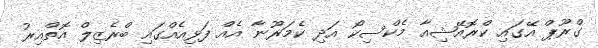
ގްރޫޕް އޭގައި ކްރޮއޭޝިއާ މެކްސިކޯ އަދި ކެމަރޫނާ އެއް ފަޅިއެއްގައި ބްރެޒިލް އޮތްއިރު